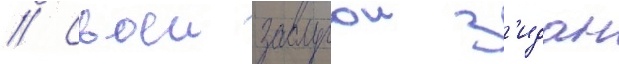
// Своеи заслугои з'идан